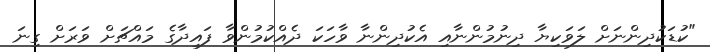
"ކުޑަކުދިންނަށް ލަވަކިޔާ ދިނުމުންނާއި އެކުދިންނާ ވާހަކަ ދެއްކުމުންވާ ފައިދާގެ މައްޗަށް ވަރަށް ގިނަ